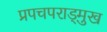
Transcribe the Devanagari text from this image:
प्रपचपराड्म़ुख